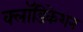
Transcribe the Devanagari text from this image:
क्लॉडिकेशन